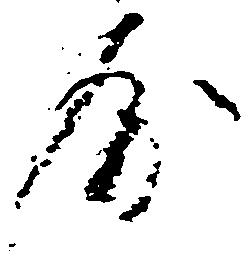
房